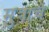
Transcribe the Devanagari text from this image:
मुत्राचे